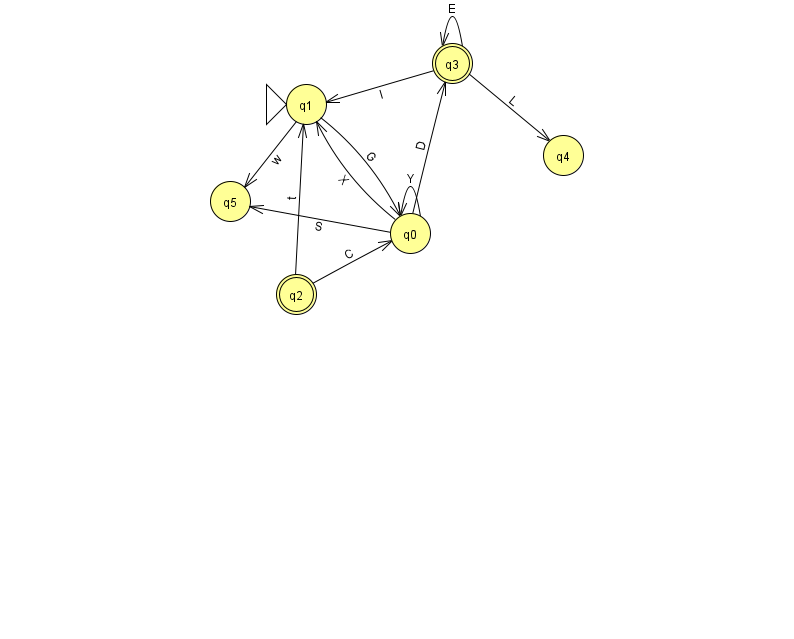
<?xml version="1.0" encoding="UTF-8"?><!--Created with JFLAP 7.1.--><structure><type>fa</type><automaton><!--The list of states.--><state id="0" name="q0"><x>410.0</x><y>220.0</y></state><state id="1" name="q1"><x>306.0</x><y>91.0</y><initial/></state><state id="2" name="q2"><x>296.0</x><y>281.0</y><final/></state><state id="3" name="q3"><x>452.0</x><y>50.0</y><final/></state><state id="4" name="q4"><x>563.0</x><y>142.0</y></state><state id="5" name="q5"><x>230.0</x><y>188.0</y></state><!--The list of transitions.--><transition><from>0</from><to>5</to><read>S</read></transition><transition><from>1</from><to>5</to><read>w</read></transition><transition><from>1</from><to>0</to><read>G</read></transition><transition><from>3</from><to>1</to><read>I</read></transition><transition><from>2</from><to>1</to><read>t</read></transition><transition><from>3</from><to>3</to><read>E</read></transition><transition><from>2</from><to>0</to><read>C</read></transition><transition><from>0</from><to>0</to><read>Y</read></transition><transition><from>0</from><to>3</to><read>D</read></transition><transition><from>0</from><to>1</to><read>X</read></transition><transition><from>3</from><to>4</to><read>L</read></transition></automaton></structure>